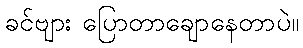
ခင်ဗျား ပြောတာချောနေတာပဲ။